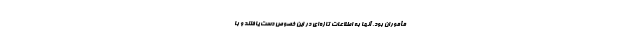
مأموران بود، آنها به اطلاعات تازه‌ای در این خصوص دست یافتند و با